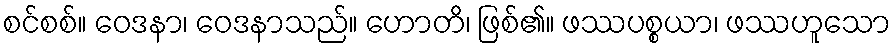
စင်စစ်။ ဝေဒနာ၊ ဝေဒနာသည်။ ဟောတိ၊ ဖြစ်၏။ ဖဿပစ္စယာ၊ ဖဿဟူသော